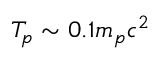
T _ { p } \sim 0 . 1 m _ { p } c ^ { 2 }